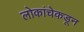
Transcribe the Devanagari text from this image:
लोकांचेकडून